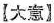
【大意】